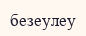
безеулеу